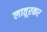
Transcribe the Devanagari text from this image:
लातूरकर